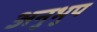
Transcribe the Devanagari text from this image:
अनुभुप